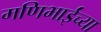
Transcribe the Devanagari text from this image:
मणिभाईंच्या